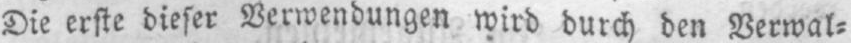
Die erste dieser Verwendungen wird durch den Verwal⸗